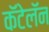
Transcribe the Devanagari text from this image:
कॅटेलॅन